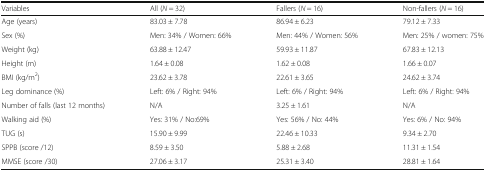
| Variables | All (N = 32) | Fallers (N = 16) | Non-fallers (N = 16) |
 | --- | --- | --- | --- |
 | Age (years) | 83.03 ± 7.78 | 86.94 ± 6.23 | 79.12 ± 7.33 |
 | Sex (%) | Men: 34% / Women: 66% | Men: 44% / Women: 56% | Men: 25% / women: 75% |
 | Weight (kg) | 63.88 ± 12.47 | 59.93 ± 11.87 | 67.83 ± 12.13 |
 | Height (m) | 1.64 ± 0.08 | 1.62 ± 0.08 | 1.66 ± 0.07 |
 | BMI (kg/m2) | 23.62 ± 3.78 | 22.61 ± 3.65 | 24.62 ± 3.74 |
 | Leg dominance (%) | Left: 6% / Right: 94% | Left: 6% / Right: 94% | Left: 6% / Right: 94% |
 | Number of falls (last 12 months) | N/A | 3.25 ± 1.61 | N/A |
 | Walking aid (%) | Yes: 31% / No:69% | Yes: 56% / No: 44% | Yes: 6% / No: 94% |
 | TUG (s) | 15.90 ± 9.99 | 22.46 ± 10.33 | 9.34 ± 2.70 |
 | SPPB (score /12) | 8.59 ± 3.50 | 5.88 ± 2.68 | 11.31 ± 1.54 |
 | MMSE (score /30) | 27.06 ± 3.17 | 25.31 ± 3.40 | 28.81 ± 1.64 |